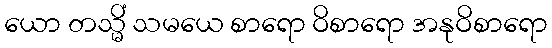
ယော တသ္မိံ သမယေ စာရော ဝိစာရော အနုဝိစာရော